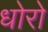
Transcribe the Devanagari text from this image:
धोरो